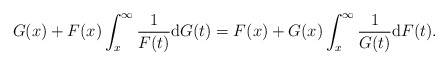
\begin{align*}G(x)+F(x)\int_{x}^{\infty}\frac{1}{F(t)}{\rm d}G(t)=F(x)+G(x)\int_{x}^{\infty}\frac{1}{G(t)}{\rm d}F(t).\end{align*}